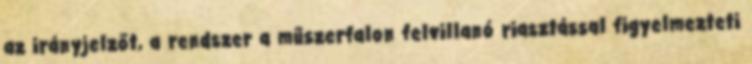
az irányjelzőt, a rendszer a műszerfalon felvillanó riasztással figyelmezteti